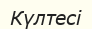
Күлтесі